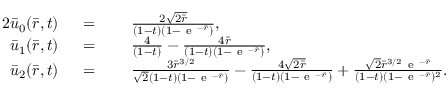
\begin{array} { r l r l } { { 2 } \bar { u } _ { 0 } ( \bar { r } , t ) } & { { } \; = } & { } & { { } \; \frac { 2 \sqrt { 2 \bar { r } } } { ( 1 - t ) ( 1 - \mathrm { ~ e ~ } ^ { - \bar { r } } ) } , } \\ { \bar { u } _ { 1 } ( \bar { r } , t ) } & { { } \; = } & { } & { { } \; \frac { 4 } { ( 1 - t ) } - \frac { 4 \bar { r } } { ( 1 - t ) ( 1 - \mathrm { ~ e ~ } ^ { - \bar { r } } ) } , } \\ { \bar { u } _ { 2 } ( \bar { r } , t ) } & { { } \; = } & { } & { { } \; \frac { 3 \bar { r } ^ { 3 / 2 } } { \sqrt { 2 } ( 1 - t ) ( 1 - \mathrm { ~ e ~ } ^ { - \bar { r } } ) } - \frac { 4 \sqrt { 2 \bar { r } } } { ( 1 - t ) ( 1 - \mathrm { ~ e ~ } ^ { - \bar { r } } ) } + \frac { \sqrt { 2 } \bar { r } ^ { 3 / 2 } \mathrm { ~ e ~ } ^ { - \bar { r } } } { ( 1 - t ) ( 1 - \mathrm { ~ e ~ } ^ { - \bar { r } } ) ^ { 2 } } . } \end{array}